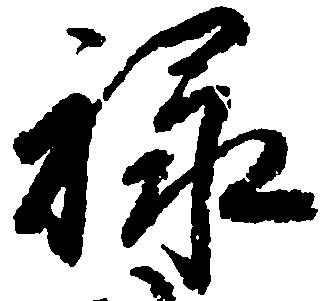
禄